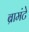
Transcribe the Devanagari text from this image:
ब्रामंटे